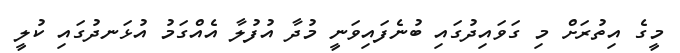
މީގެ އިތުރަށް މި ގަވައިދުގައި ބުނެފައިވަނީ މުދާ އުފުލާ އެއްގަމު އުޅަނދުގައި ކުލީ